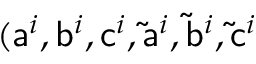
( \mathsf { a } ^ { i } , \mathsf { b } ^ { i } , \mathsf { c } ^ { i } , \mathsf { \tilde { a } } ^ { i } , \mathsf { \tilde { b } } ^ { i } , \mathsf { \tilde { c } } ^ { i }